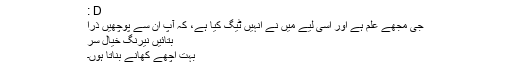
: D
جی مجھے علم ہے اور اسی لیے میں نے انہیں ٹیگ کیا ہے، کہ آپ ان سے پوچھیں ذرا
بتائیں نیرنگ خیال سر
بہت اچھے کھانے بناتا ہوں۔